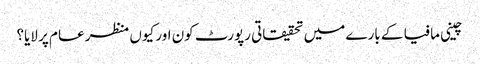
چینی مافیا کے بارے میں تحقیقاتی رپورٹ کون اور کیوں منظر عام پر لایا؟